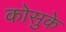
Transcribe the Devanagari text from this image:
कोसुके